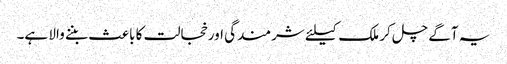
یہ آگے چل کر ملک کیلئے شرمندگی اور خجالت کا باعث بننے والا ہے۔